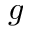
g